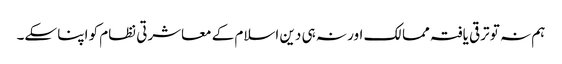
ہم نہ تو ترقی یافتہ ممالک اور نہ ہی دین اسلام کے معاشرتی نظام کو اپنا سکے۔